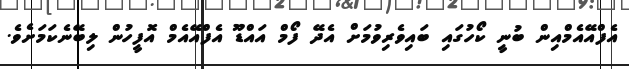
އެފްއޭއެމްއިން ބުނީ ކޯހުގައި ބައިވެރިވުމަށް އެދޭ ފޯމް އައްޑޫ އެފްއޭއެމް އޮފީހުން ލިބޭނެކަމަށެވެ.